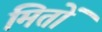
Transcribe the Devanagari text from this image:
मितों